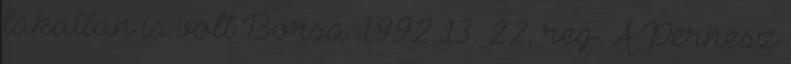
lakatlan is volt Borsa 1992.13. 22. reg. A Pernesz